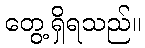
တွေ့ရှိရသည်။